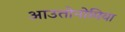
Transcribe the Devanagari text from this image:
आउतोनोमिया